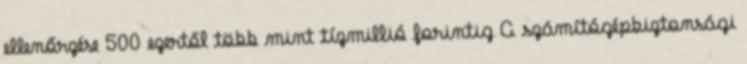
ellenőrzése 500 ezertől több mint tízmillió forintig A számítógépbiztonsági